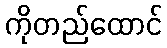
ကိုတည်ထောင်